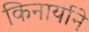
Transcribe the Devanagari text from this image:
किनार्याने